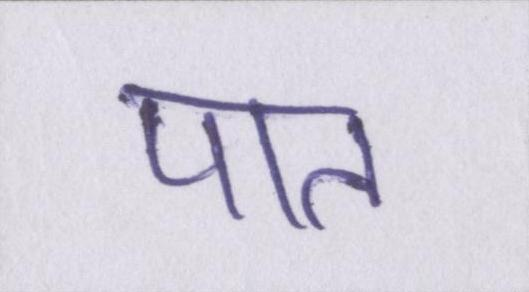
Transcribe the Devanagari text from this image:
पात